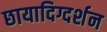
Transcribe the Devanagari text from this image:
छायादिग्दर्शन